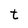
Character: t